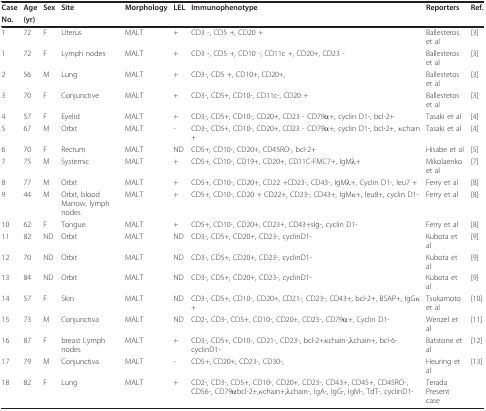
<table><thead><tr><td><b>Case</b></td><td><b>Age</b></td><td><b>Sex</b></td><td><b>Site</b></td><td><b>Morphology</b></td><td><b>LEL</b></td><td><b>Immunophenotype</b></td><td><b>Reporters</b></td><td><b>Ref.</b></td></tr><tr><td><b>No.</b></td><td><b>(yr)</b></td><td></td><td></td><td></td><td></td><td></td><td></td><td></td></tr></thead><tbody><tr><td>1</td><td>72</td><td>F</td><td>Uterus</td><td>MALT</td><td>+</td><td>CD3 -, CD5 +, CD20 +</td><td>Ballesteros et al</td><td>[3]</td></tr><tr><td>1</td><td>72</td><td>F</td><td>Lymph nodes</td><td>MALT</td><td>+</td><td>CD3 -, CD5 +, CD10 -, CD11c +, CD20+, CD23 -</td><td>Ballesteros et al</td><td>[3]</td></tr><tr><td>2</td><td>56</td><td>M</td><td>Lung</td><td>MALT</td><td>+</td><td>CD3-, CD5 +, CD10+, CD20+,</td><td>Ballestetos et al</td><td>[3]</td></tr><tr><td>3</td><td>70</td><td>F</td><td>Conjunctive</td><td>MALT</td><td>+</td><td>CD3-, CD5+, CD10-, CD11c-, CD20 +</td><td>Ballestetos et al</td><td>[3]</td></tr><tr><td>4</td><td>57</td><td>F</td><td>Eyelid</td><td>MALT</td><td>+</td><td>CD3-, CD5+, CD10-, CD20+, CD23 - CD79α+, cyclin D1-, bcl-2+</td><td>Tasaki et al</td><td>[4]</td></tr><tr><td>5</td><td>67</td><td>M</td><td>Orbit</td><td>MALT</td><td>-</td><td>CD3-, CD5+, CD10-, CD20+, CD23 - CD79α+, cyclin D1-, bcl-2+, κchain+</td><td>Tasaki et al</td><td>[4]</td></tr><tr><td>6</td><td>70</td><td>F</td><td>Rectum</td><td>MALT</td><td>ND</td><td>CD5+, CD10-, CD20+, CD45RO-, bcl-2+</td><td>Hisabe et al</td><td>[5]</td></tr><tr><td>7</td><td>75</td><td>M</td><td>Systemic</td><td>MALT</td><td>+</td><td>CD5+, CD10-, CD19+, CD20+, CD11C-FMC7+, IgMλ+</td><td>Mikolaenko et al</td><td>[7]</td></tr><tr><td>8</td><td>77</td><td>M</td><td>Orbit</td><td>MALT</td><td>+</td><td>CD5+, CD10-, CD20+, CD22 +CD23-, CD43-, IgMλ+, Cyclin D1-, leu7 +</td><td>Ferry et al</td><td>[8]</td></tr><tr><td>9</td><td>44</td><td>M</td><td>Orbit, blood Marrow, lymph nodes</td><td>MALT</td><td>+</td><td>CD5+, CD10-, CD20 + CD22+, CD23-, CD43+, IgMκ+, leu8+, cyclin D1-</td><td>Ferry et al</td><td>[8]</td></tr><tr><td>10</td><td>62</td><td>F</td><td>Tongue</td><td>MALT</td><td>+</td><td>CD5+, CD10-, CD20+, CD23+, CD43+sIg-, cyclin D1-</td><td>Ferry et al</td><td>[8]</td></tr><tr><td>11</td><td>82</td><td>ND</td><td>Orbit</td><td>MALT</td><td>ND</td><td>CD3-, CD5+, CD20+, CD23-, cyclinD1-</td><td>Kubota et al</td><td>[9]</td></tr><tr><td>12</td><td>70</td><td>ND</td><td>Orbit</td><td>MALT</td><td>ND</td><td>CD3-, CD5+, CD20+, CD23-, cyclinD1-</td><td>Kubota et al</td><td>[9]</td></tr><tr><td>13</td><td>84</td><td>ND</td><td>Orbit</td><td>MALT</td><td>ND</td><td>CD3-, CD5+, CD20+, CD23-, cyclinD1-</td><td>Kubota et al</td><td>[9]</td></tr><tr><td>14</td><td>57</td><td>F</td><td>Skin</td><td>MALT</td><td>ND</td><td>CD3-, CD5+, CD10-, CD20+, CD21-, CD23-, CD43+, bcl-2+, BSAP+, IgGκ+</td><td>Tsukamoto et al</td><td>[10]</td></tr><tr><td>15</td><td>73</td><td>M</td><td>Conjunctiva</td><td>MALT</td><td>ND</td><td>CD2-, CD3-, CD5+, CD10-, CD20+, CD23-, CD79α+, Cyclin D1-</td><td>Wenzel et al</td><td>[11]</td></tr><tr><td>16</td><td>87</td><td>F</td><td>breast Lymph nodes</td><td>MALT</td><td>+</td><td>CD3-, CD5+, CD10-, CD21-, CD23-, bcl-2+κchain-,λchain+, bcl-6-. cyclinD1-</td><td>Batstone et al</td><td>[12]</td></tr><tr><td>17</td><td>79</td><td>M</td><td>Conjunctiva</td><td>MALT</td><td>-</td><td>CD5+, CD20+, CD23-, CD30-,</td><td>Heuring et al</td><td>[13]</td></tr><tr><td>18</td><td>82</td><td>F</td><td>Lung</td><td>MALT</td><td>+</td><td>CD2-, CD3-, CD5+, CD10-, CD20+, CD23-, CD43+, CD45+, CD45RO-, CD56-, CD79αbcl-2+,κchain+,λchain-, IgA-, IgG-, IgM-, TdT-, cyclinD1-</td><td>Terada Present case</td><td></td></tr></tbody></table>